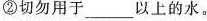
②切勿用于___以上的水。